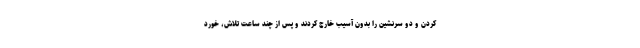
کردن و دو سرنشین را بدون آسیب خارج کردند و پس از چند ساعت تلاش، خورد